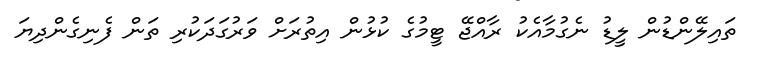
ތައިލޭންޑުން ލީޑު ނެގުމާއެކު ރާއްޖޭ ޓީމުގެ ކުޅުން އިތުރަށް ވަރުގަދަކުރި ތަން ފެނިގެންދިޔަ